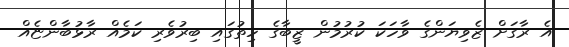
އެ ރާގަށް ޒެވިޔަންގެ ވާހަކަ ކުރުމުން ޒީބާގެ ހިތުގައި ބިރުވެރި ކަމެއް ރާޅުބާންޏެއް